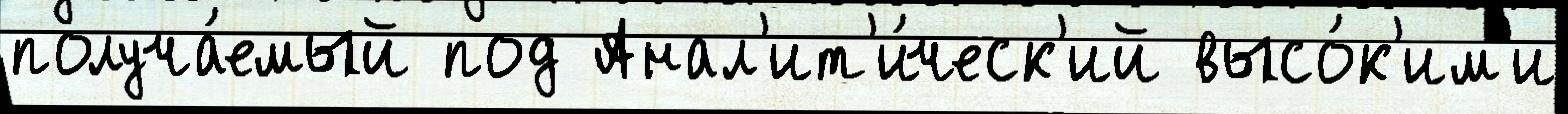
получа́емый под Анал'ит'и́ческ'ий высо́к'им'и